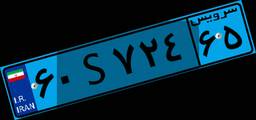
۶۰S۷۲۴۶۵